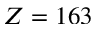
Z = 1 6 3